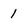
Character: 1